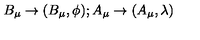
B _ { \mu } \rightarrow ( B _ { \mu } , \phi ) ; A _ { \mu } \rightarrow ( A _ { \mu } , \lambda )